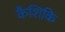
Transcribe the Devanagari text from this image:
कैशिकि